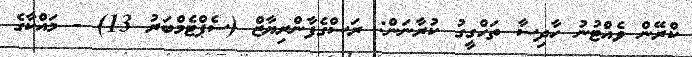
ކްރޭން ވެއްޓުނު ހާދިސާ ތަހްގީގު ކުރާނަން: ރަސްގެފާންރިޔާޒް (ސެޕްޓެމްބަރު 13) - މައްކާގެ